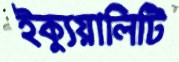
ইক্যুয়ালিটি